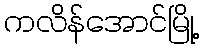
ကလိန်အောင်မြို့